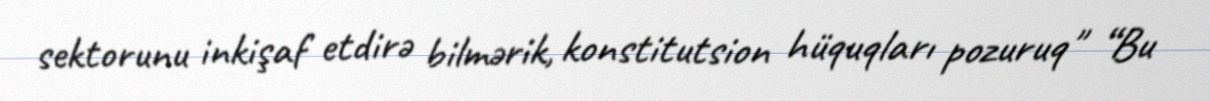
sektorunu inkişaf etdirə bilmərik, konstitutsion hüquqları pozuruq" “Bu